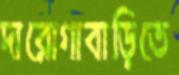
দারোগাবাড়িতে